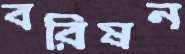
বরিষন